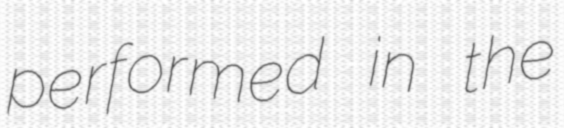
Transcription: performed in the